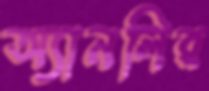
অ্যানলির